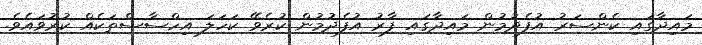
މައިދާގައި ކެންސަރު އުފެދުމުން މައިދާގައި ފާރު އުފެދުމުން ކުރެވޭ ކަހަލަ އިހްސާސްތަކެއް ކުރުވައެވެ.